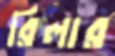
রিলার